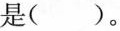
是 ()。